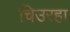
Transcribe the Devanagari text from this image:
चिउरहा